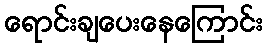
ရောင်းချပေးနေကြောင်း